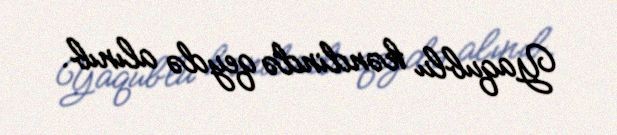
Yaqublu kəndində qeydə alınıb.